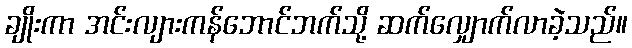
ချိုးကာ အင်းလျားကန်ဘောင်ဘက်သို့ ဆက်လျှောက်လာခဲ့သည်။